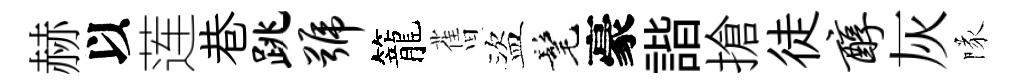
赫以莲巷跳号籠𦾔盜髦豪諧搶徒醇灰隊